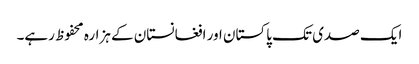
ایک صدی تک پاکستان اور افغانستان کے ہزارہ محفوظ رہے۔